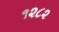
૧૨૮૨